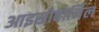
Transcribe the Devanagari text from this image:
आइसोबोर्निल